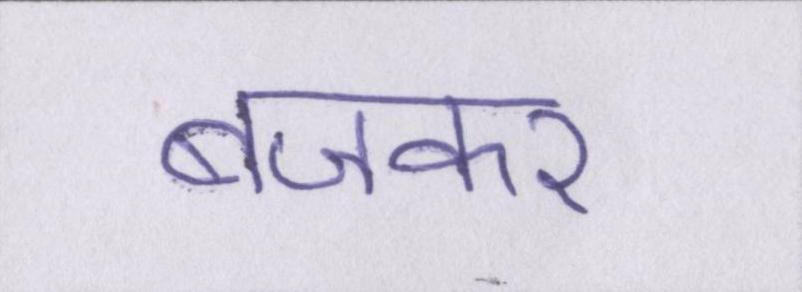
बजकर